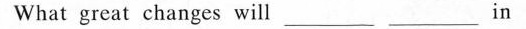
What great changes will ___ ___ in China in